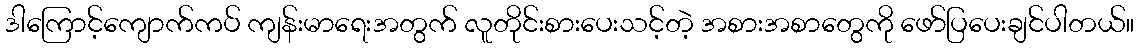
ဒါကြောင့်ကျောက်ကပ် ကျန်းမာရေးအတွက် လူတိုင်းစားပေးသင့်တဲ့ အစားအစာတွေကို ဖော်ပြပေးချင်ပါတယ်။